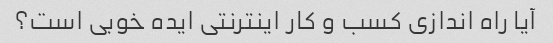
آیا راه اندازی کسب و کار اینترنتی ایده خوبی است؟